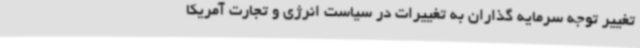
تغییر توجه سرمایه گذاران به تغییرات در سیاست انرژی و تجارت آمریکا